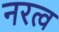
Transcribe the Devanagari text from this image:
नरत्व